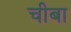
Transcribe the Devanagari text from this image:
चीबा